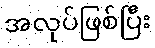
အလုပ်ဖြစ်ပြီး